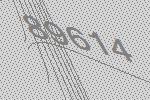
89614